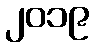
၂၀၁၉